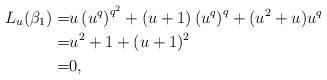
LaTeX: \begin{align*}L_{u}(\beta_1)=& u \left (u^q \right )^{q^2}+ (u+1)\left (u^q \right )^q+ (u^2+u) u^q\\=& u^2+1+(u+1)^2\\=& 0,\end{align*}